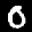
Label: 0